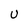
Character: U